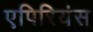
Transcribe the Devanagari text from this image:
एपिरियंस